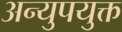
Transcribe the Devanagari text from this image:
अन्युपयुक्त